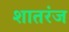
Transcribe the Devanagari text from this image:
शातरंज